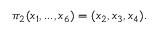
\pi _ { 2 } ( x _ { 1 } , . . . , x _ { 6 } ) = ( x _ { 2 } , x _ { 3 } , x _ { 4 } ) .